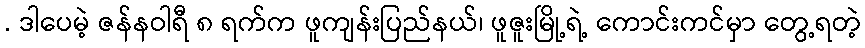
. ဒါပေမဲ့ ဇန်နဝါရီ ၈ ရက်က ဖူကျန်းပြည်နယ်၊ ဖူဇူးမြို့ရဲ့ ကောင်းကင်မှာ တွေ့ရတဲ့